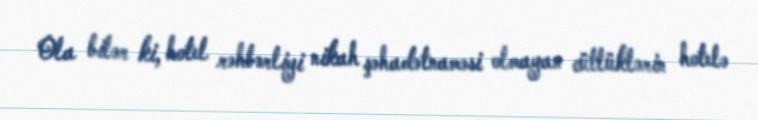
Ola bilər ki, hotel rəhbərliyi nikah şəhadətnaməsi olmayan cütlüklərin hotelə